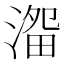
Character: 𱨗